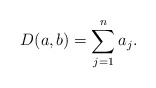
\begin{align*}D(a,b)=\sum_{j=1}^n a_j.\end{align*}